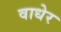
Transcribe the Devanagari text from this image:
वाधेर